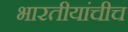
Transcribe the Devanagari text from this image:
भारतीयांचीच